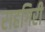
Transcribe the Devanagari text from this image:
राहगिरी